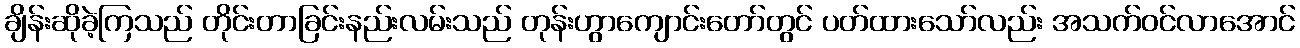
ချိန်းဆိုခဲ့ကြသည် တိုင်းတာခြင်းနည်းလမ်းသည် တုန်းဟွာကျောင်းတော်တွင် ပတ်ထားသော်လည်း အသက်ဝင်လာအောင်